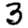
Digit: 3